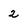
Character: 2